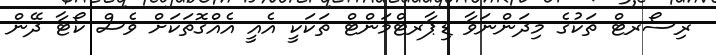
ރިސޯރޓް ތަކުގެ މިދަންނަވާ ޑިޕާރޓްމަންޓް ތަކަކީ އެއީ އެއްގޮތަކަށް ވެސް ކޯޓާ ދޭން